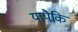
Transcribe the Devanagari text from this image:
यापैकि